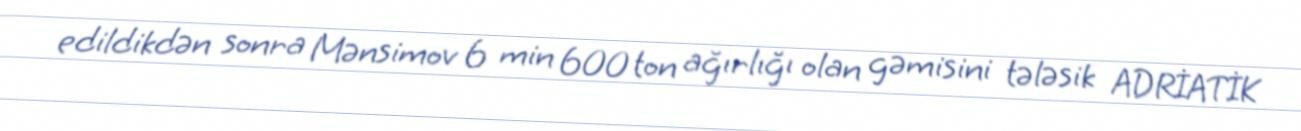
edildikdən sonra Mənsimov 6 min 600 ton ağırlığı olan gəmisini tələsik ADRİATİK